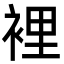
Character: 裡